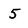
Character: 5